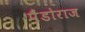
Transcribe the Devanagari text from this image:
पैंडोराज